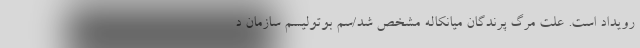
رویداد است. علت مرگ پرندگان میانکاله مشخص شد/سم بوتولیسم سازمان د